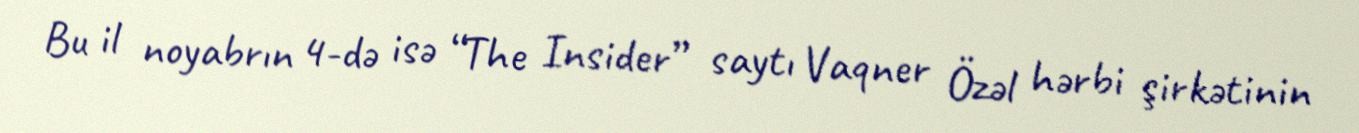
Bu il noyabrın 4-də isə “The Insider” saytı Vaqner Özəl hərbi şirkətinin